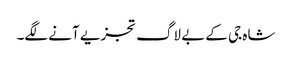
شاہ جی کے بے لاگ تجزیے آنے لگے۔